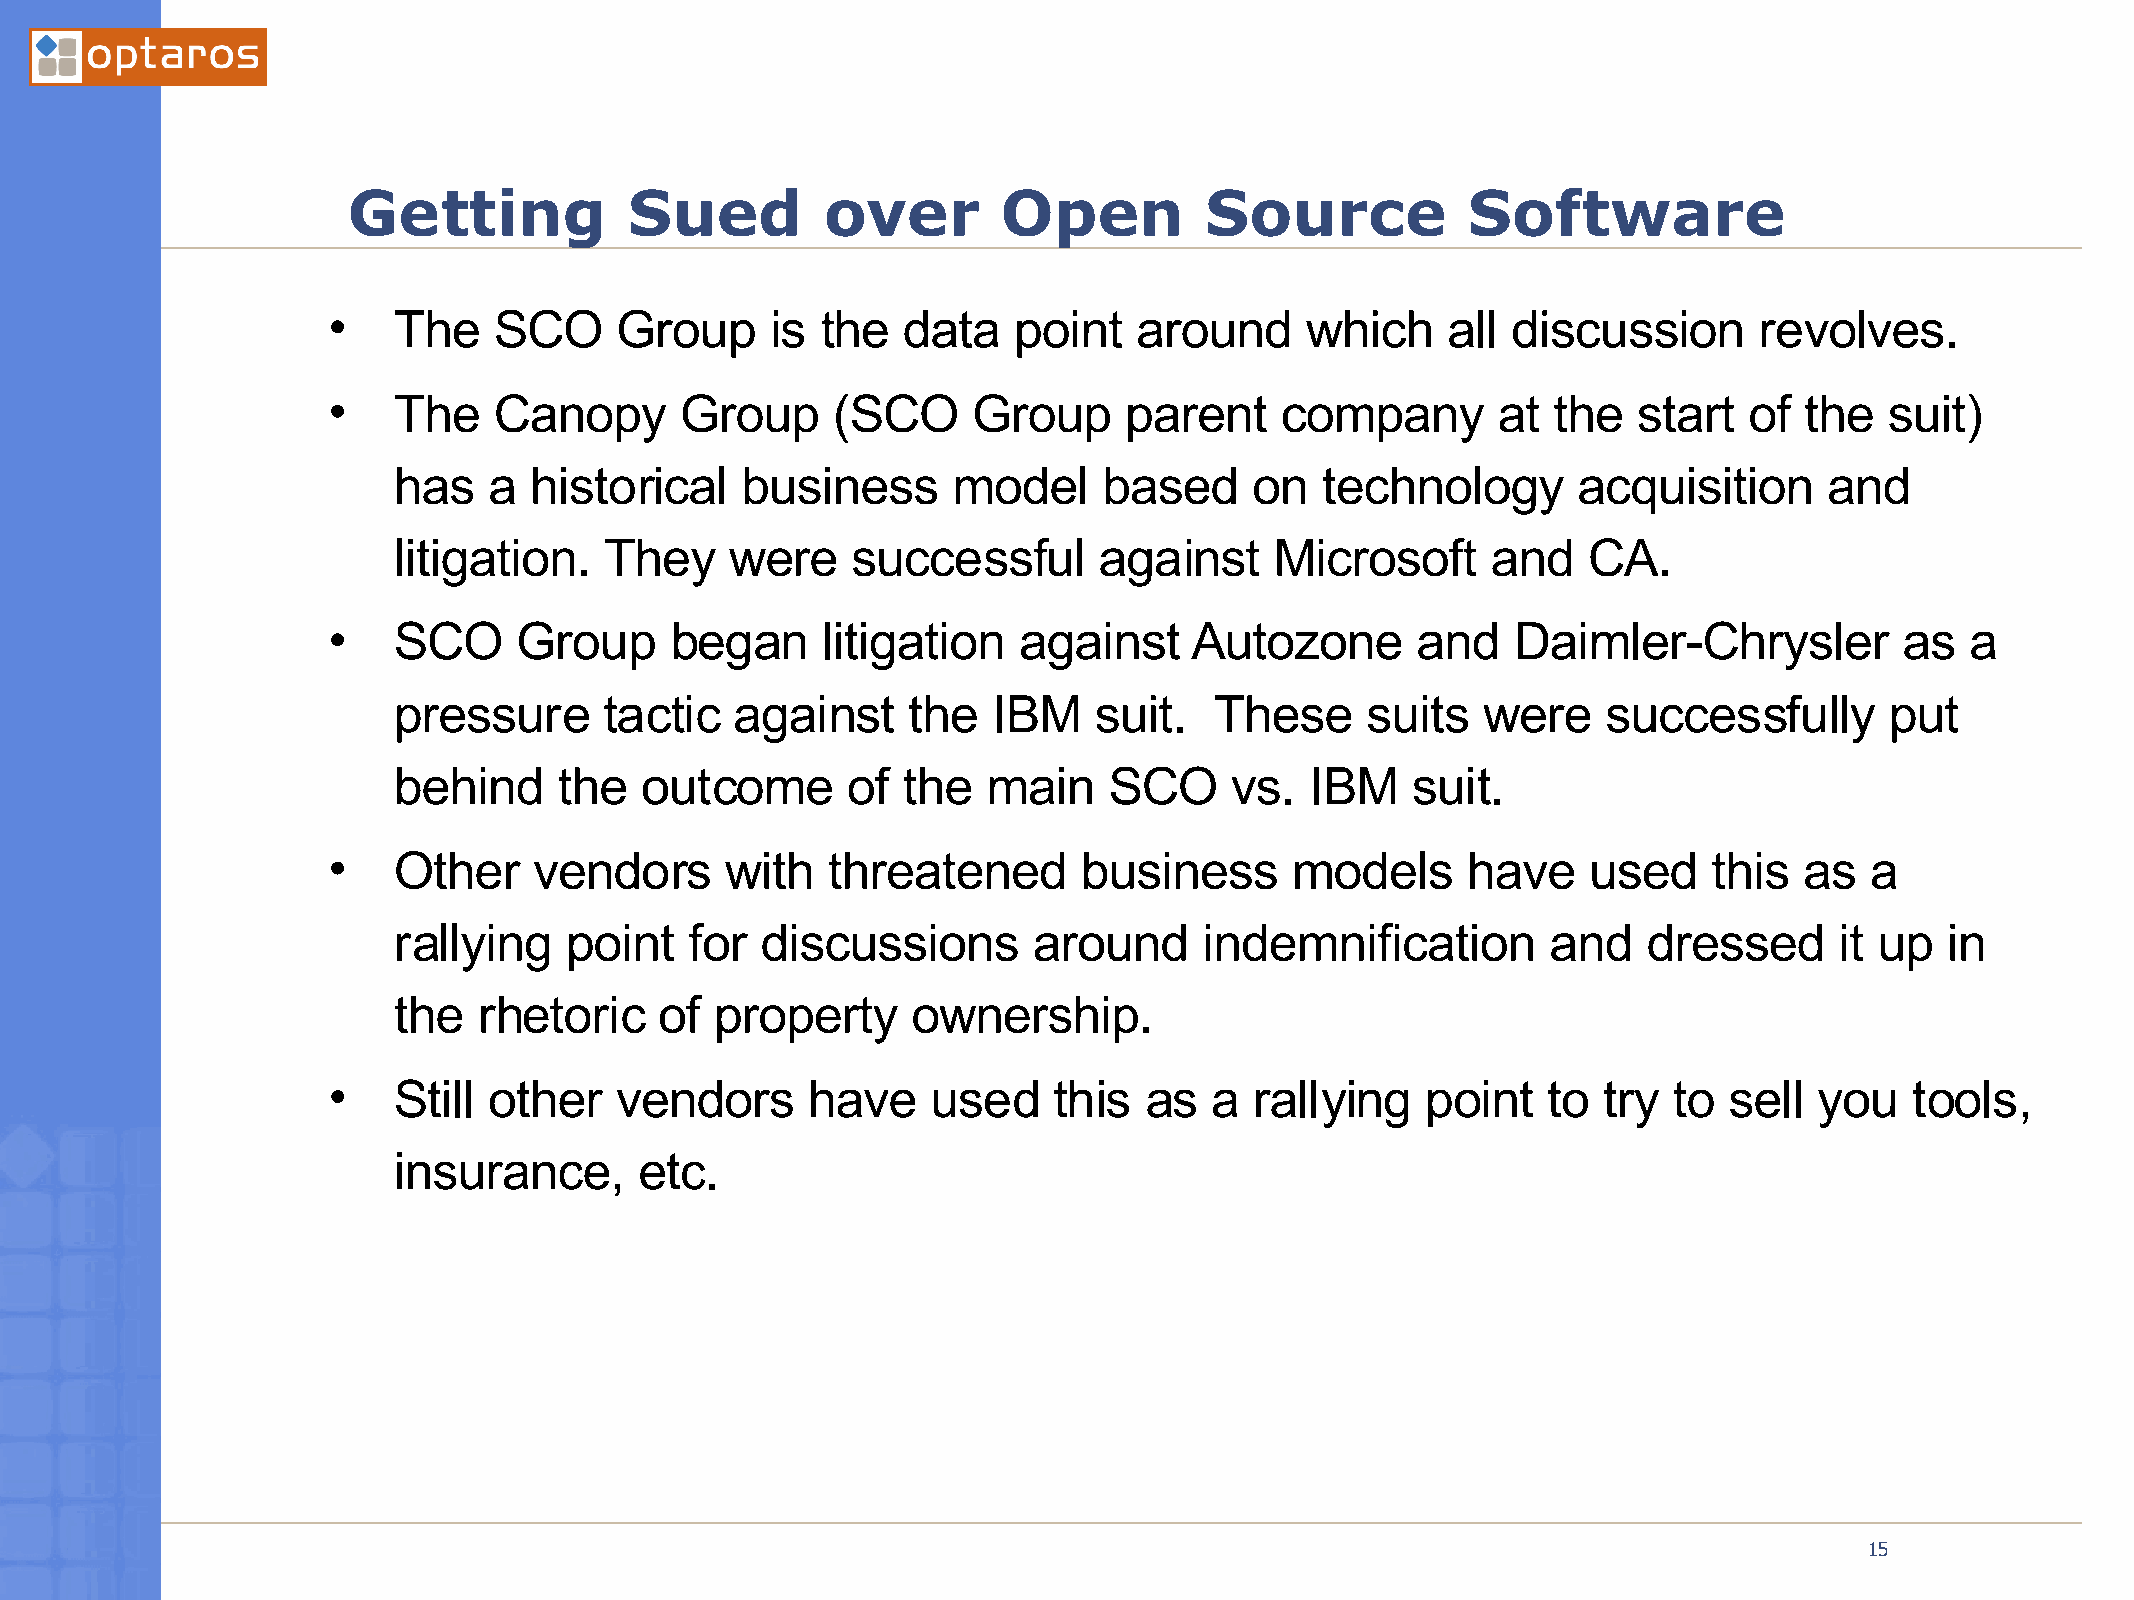
Getting            Sued         over       Open          Source           Software
 •   The    SCO     Group     is the   data   point   around     which     all discussion      revolves.
 •   The    Canopy      Group     (SCO     Group     parent     company       at  the  start   of the   suit)
 has   a  historical    business      model     based     on  technology       acquisition      and
 litigation.   They    were    successful       against    Microsoft      and   CA.
 •   SCO     Group     began     litigation   against     Autozone       and   Daimler-Chrysler          as  a
 pressure      tactic   against    the   IBM   suit.   These     suits   were    successfully       put
 behind     the  outcome       of  the  main    SCO     vs.   IBM   suit.
 •   Other    vendors      with   threatened       business      models     have    used    this  as   a
 rallying   point    for discussions       around      indemnification        and   dressed      it up  in
 the   rhetoric    of property     ownership.
 •   Still other    vendors     have     used    this  as  a  rallying   point   to  try  to sell  you    tools,
 insurance,      etc.
 03/21/2005
 15